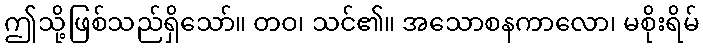
ဤသို့ဖြစ်သည်ရှိသော်။ တဝ၊ သင်၏။ အသောစနကာလော၊ မစိုးရိမ်